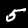
Label: 5